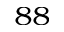
^ { 8 8 }